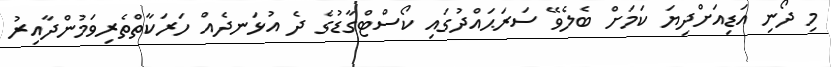
މި ދޯނި އަޑިއަށްދިޔަ ކަމަށް ބެލެވޭ ސަރަޙައްދުގައި ކޯސްޓްގާޑުގެ ދެ އުޅަނދެއް ހަރަކާތްތެރިވަމުންދާއިރު